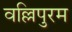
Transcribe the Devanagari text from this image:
वल्लिपुरम